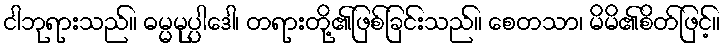
ငါဘုရားသည်။ ဓမ္မမုပ္ပါဒေါ၊ တရားတို့၏ဖြစ်ခြင်းသည်။ စေတသာ၊ မိမိ၏စိတ်ဖြင့်။